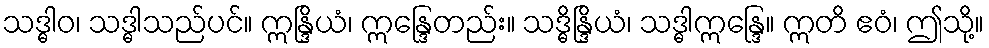
သဒ္ဓါဝ၊ သဒ္ဓါသည်ပင်။ ဣန္ဒြိယံ၊ ဣန္ဒြေတည်း။ သဒ္ဓိန္ဒြိယံ၊ သဒ္ဓါဣန္ဒြေ။ ဣတိ ဧဝံ၊ ဤသို့။